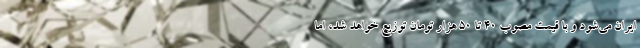
ایران می‌شود و با قیمت مصوب 40 تا 50 هزار تومان توزیع خواهد شد، اما